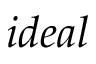
i d e a l